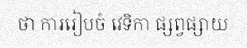
ថា ការរៀបចំ វេទិកា ផ្សព្វផ្សាយ